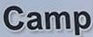
Camp